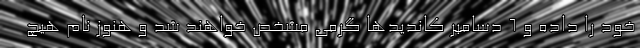
خود را داده و ۶ دسامبر کاندیدها گرمی مشخص خواهند شد و هنوز نام هیچ